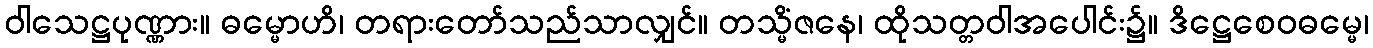
ဝါသေဋ္ဌပုဏ္ဏား။ ဓမ္မောဟိ၊ တရားတော်သည်သာလျှင်။ တသ္မိံဇနေ၊ ထိုသတ္တဝါအပေါင်း၌။ ဒိဋ္ဌေစေဝဓမ္မေ၊